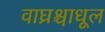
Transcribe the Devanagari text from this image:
वाघ्रश्चाधूल